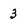
Character: 3